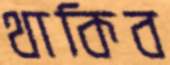
থাকিব